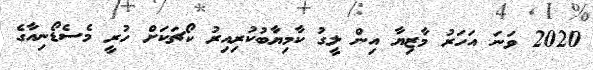
2020 ވަނަ އަހަރު މާޒިޔާ އިން ލީގު ކާމިޔާބުކުރިއިރު ކޯޗަކަށް ހުރީ މެސެޑޯނިއާގެ